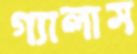
গ্যালাস